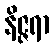
နိဇ္ဇရာ